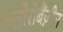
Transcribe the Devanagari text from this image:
क्लोरोबैंज़ीन